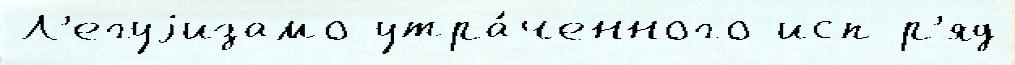
Л'егуjизамо утра́ченного исп р'яд